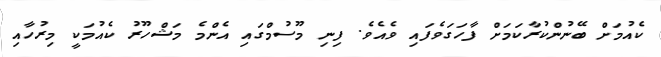
ކެއުމަށް ބޭނުންކުރާކަމަށް ފާހަގަވެފައި ވެއެވެ. ފިނި މޫސުމްގައި އެންމެ މަޝްހޫރު ކެއުމަކީ މިރުހާއި